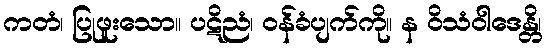
ကတံ၊ ပြုဖူးသော။ ပဋိညံ၊ ဝန်ခံပျက်ကို။ န ဝိသံဝါဒေန္တိ၊